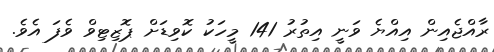
ރާއްޖެއިން އިއްޔެ ވަނީ އިތުރު 141 މީހަކު ކޮވިޑަށް ޕޮޒިޓިވް ވެފަ އެވެ.